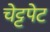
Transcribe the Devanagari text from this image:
चेट्टपेट